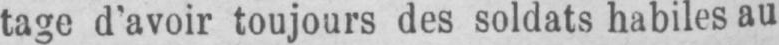
tage d’avoir toujours des soldats habiles au